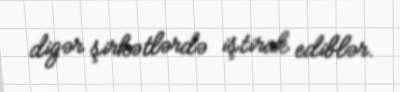
digər şirkətlərdə iştirak ediblər.